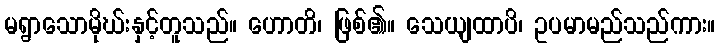
မရွာသောမိုဃ်းနှင့်တူသည်။ ဟောတိ၊ ဖြစ်၏။ သေယျထာပိ၊ ဥပမာမည်သည်ကား။